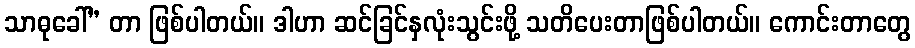
သာဓုခေါ်” တာ ဖြစ်ပါတယ်။ ဒါဟာ ဆင်ခြင်နှလုံးသွင်းဖို့ သတိပေးတာဖြစ်ပါတယ်။ ကောင်းတာတွေ